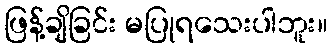
ဖြန့်ချိခြင်း မပြုရသေးပါဘူး။